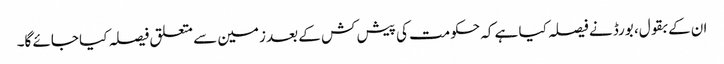
ان کے بقول، بورڈ نے فیصلہ کیا ہے کہ حکومت کی پیش کش کے بعد زمین سے متعلق فیصلہ کیا جائے گا۔